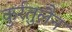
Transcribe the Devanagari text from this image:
कुर्रतुलैन